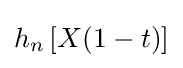
h_{n}\left[X(1-t)\right]